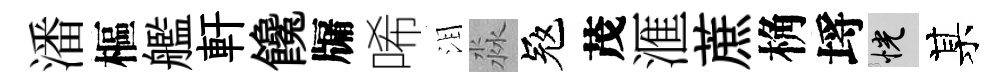
潘樞艦軒饞牖唏泪淼冦茂滙蔗桷埓恍某